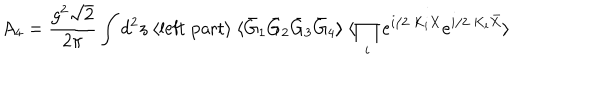
A _ { 4 } = \frac { g ^ { 2 } \sqrt { 2 } } { 2 \pi } \int d ^ { 2 } z \ \langle \mathrm { l e f t ~ p a r t } \rangle \ \langle \bar { G } _ { 1 } \bar { G } _ { 2 } \bar { G } _ { 3 } \bar { G } _ { 4 } \rangle \ \langle \prod _ { i } e ^ { i / 2 \ K _ { i } X } e ^ { i / 2 \ K _ { i } \bar { X } } \rangle